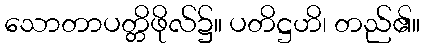
သောတာပတ္တိဖိုလ်၌။ ပတိဋ္ဌဟိ၊ တည်၏။